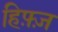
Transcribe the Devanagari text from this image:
हिफ़्ज़